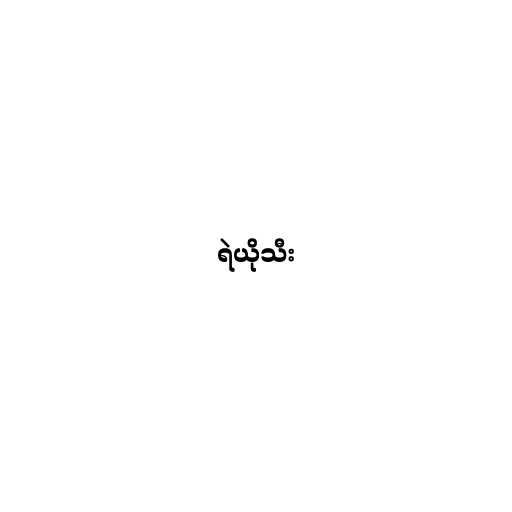
ရဲယိုသီး